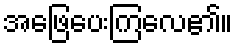
အဖြေပေးကြလေ၏။